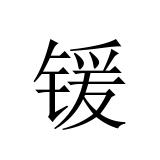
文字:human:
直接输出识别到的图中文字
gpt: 锾